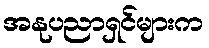
အနုပညာရှင်များက